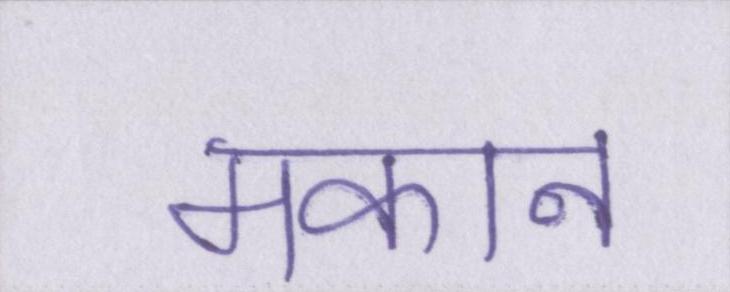
मकान